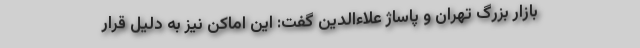
بازار بزرگ تهران و پاساژ علاءالدین گفت: این اماکن نیز به دلیل قرار